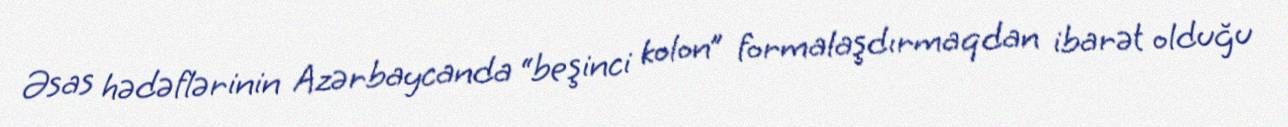
Əsas hədəflərinin Azərbaycanda “beşinci kolon” formalaşdırmaqdan ibarət olduğu